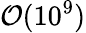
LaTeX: \mathcal{O}(10^{9})